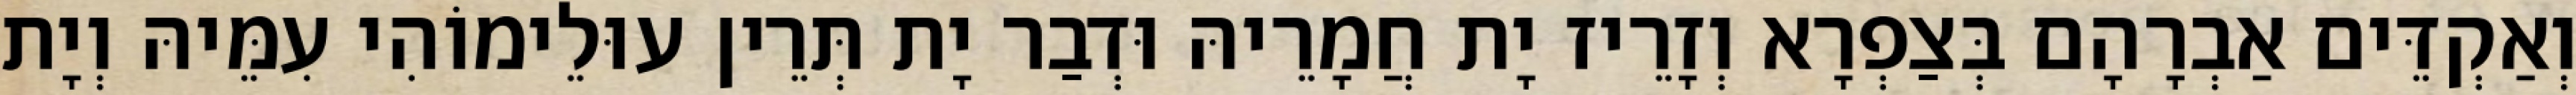
וְאַקְדֵּים אַבְרָהָם בְּצַפְרָא וְזָרֵיז יָת חֲמָרֵיהּ וּדְבַר יָת תְּרֵין עוּלֵימוֹהִי עִמֵּיהּ וְיָת